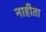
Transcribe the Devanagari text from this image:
नाहीता